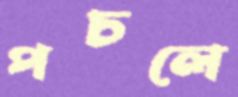
পচলে